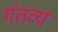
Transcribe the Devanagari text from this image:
गंतव्यं